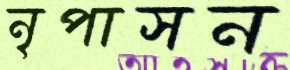
নৃপাসন